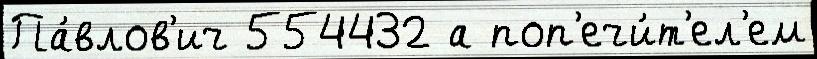
Па́влов'ич 554432 а поп'ечи́т'ел'ем